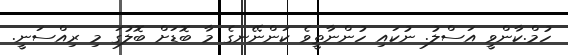
ހުމް.ކާންވީ އަސްލު. ނުކައި ހުންނާތީވެ ކަންނޭނގެ މާ ބޮޑަށް ބޮލުގަ މި ރިއްސަނީ.